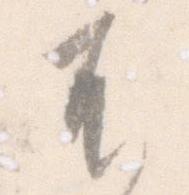
不